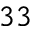
^ { 3 3 }